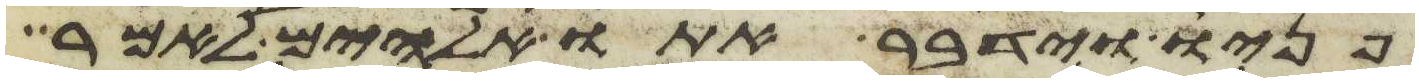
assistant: פניו וידבר אתו אלהים לאמר